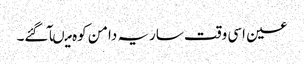
عین اسی وقت ساریہ دامن کوہ میںآ گئے۔